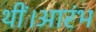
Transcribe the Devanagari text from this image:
थीं।आरंभ